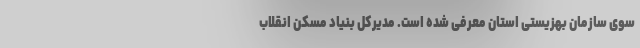
سوی سازمان بهزیستی استان معرفی شده است. مدیرکل بنیاد مسکن انقلاب